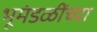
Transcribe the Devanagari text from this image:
भूमंडळींच्या